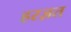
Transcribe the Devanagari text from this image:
हरज़त